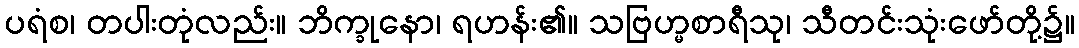
ပရံစ၊ တပါးတုံလည်း။ ဘိက္ခုနော၊ ရဟန်း၏။ သဗြဟ္မစာရီသု၊ သီတင်းသုံးဖော်တို့၌။